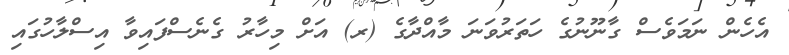
އެހެން ނަމަވެސް ގާނޫނުގެ ހަތަރުވަނަ މާއްދާގެ (ރ) އަށް މިހާރު ގެނެސްފައިވާ އިސްލާހުގައި